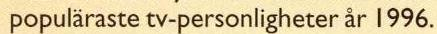
populäraste tv-personligheter år 1996.